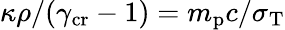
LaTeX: \kappa\rho/(\gamma_{\mathrm{cr}}-1)=m_{\mathrm{p}}c/\sigma_{\mathrm{T}}